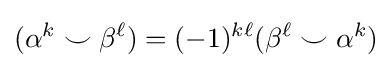
(\alpha ^{k}\smile \beta ^{\ell })=(-1)^{k\ell }(\beta ^{\ell }\smile \alpha ^{k})